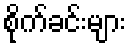
စိုက်ခင်းများ